Lunatic asylums Punjab 1868-1880 - 1868-1880
Year: 1868
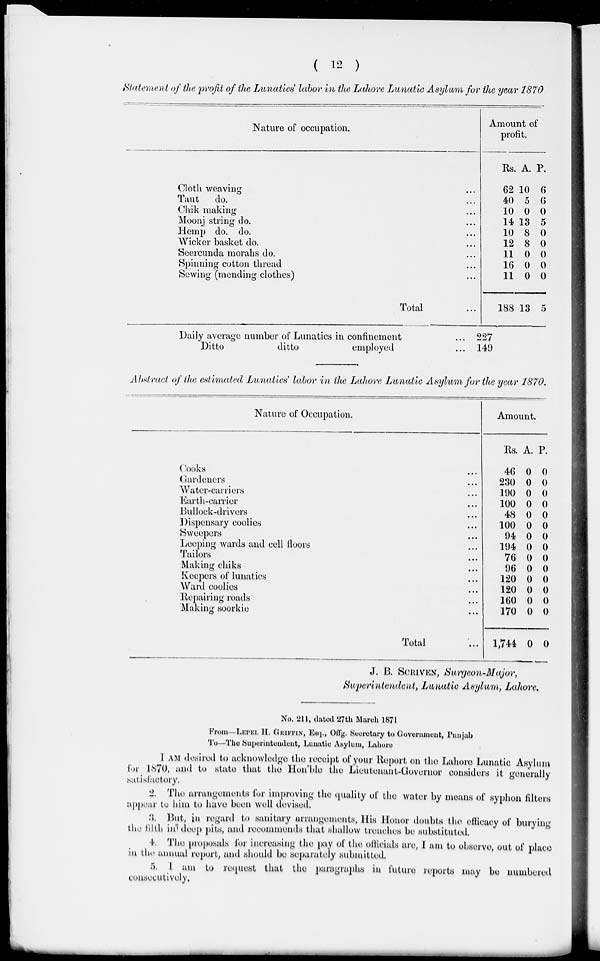
( 12 )
Statement of the profit of the Lunatics' labor in the Lahore Lunatic Asylum for the year 1870
Nature of occupation.
Cloth weaving ...
Taut do. ...
Chik making ...
Moonj string do. ...
Hemp do. do. ...
Wicker basket do. ...
Seercunda morahs do. ...
Spinning cotton thread ...
Sewing (mending clothes) ...
Total ...
Amount of
profit.
Rs.
62
40
10
14
10
12
11
16
11
188
A.
10
5
0
13
8
8
0
0
0
13
P.
6
6
0
5
0
0
0
0
0
5
Daily average number of Lunatics in confinement
Ditto
ditto
employed
... 227
... 149
Abstract of the estimated Lunatics' labor in the Lahore Lunatic Asylum for the year 1870.
Nature of Occupation.
Cooks ...
Gardeners ...
Water-camers ...
Earth-carrier ...
Bullock-drivers ...
Dispensary coolies ...
Sweepers ...
Leeping wards and cell floors ...
Tailors ...
Making chiks ...
Keepers of lunatics ...
Ward coolies ...
Repairing roads ...
Making soorkie ...
Total ...
Amount.
Rs.
46
230
190
100
48
100
94
194
76
96
120
120
160
170
1,744
A.
0
0
0
0
0
0
0
0
0
0
0
0
0
0
0
P.
0
0
0
0
0
0
0
0
0
0
0
0
0
0
0
J. B. SCRIVEN, Surgeon-Major,
Superintendent, Lunatic Asylum, Lahore.
No. 211, dated 27th March 1871
From—LEPEL H. GRIFFIN, Esq., Offg. Secretary to Government, Punjab
To—The Superintendent, Lunatic Asylum, Lahore
I AM desired to acknowledge the receipt of your Report on the Lahore Lunatic Asylum
for 1870, and to state that the Hon'ble the Lieutenant-Governor considers it generally
satisfactory.
2. The arrangements for improving the quality of the water by means of syphon filters
appear to him to have been well devised.
3. But, in regard to sanitary arrangements, His Honor doubts the efficacy of burying
the filth in deep pits, and recommends that shallow trenches be substituted.
4. The proposals for increasing the pay of the officials are, I am to observe, out of place
in the annual report, and should be separately submitted.
5. I am to request that the paragraphs in future reports may be numbered
consecutively.